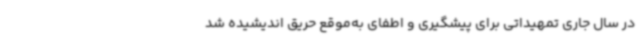
در سال جاری تمهیداتی برای پیشگیری و اطفای به‌موقع حریق اندیشیده شد